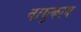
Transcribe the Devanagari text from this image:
वायुकाय